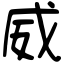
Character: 威